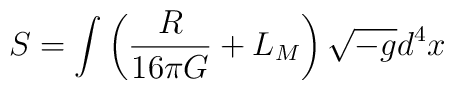
S=\int \left ( \frac{R}{16\pi G} + L_M \right ) \sqrt{-g} d^4x\